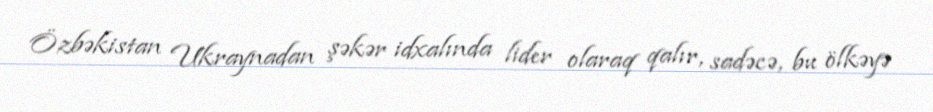
Özbəkistan Ukraynadan şəkər idxalında lider olaraq qalır, sadəcə, bu ölkəyə